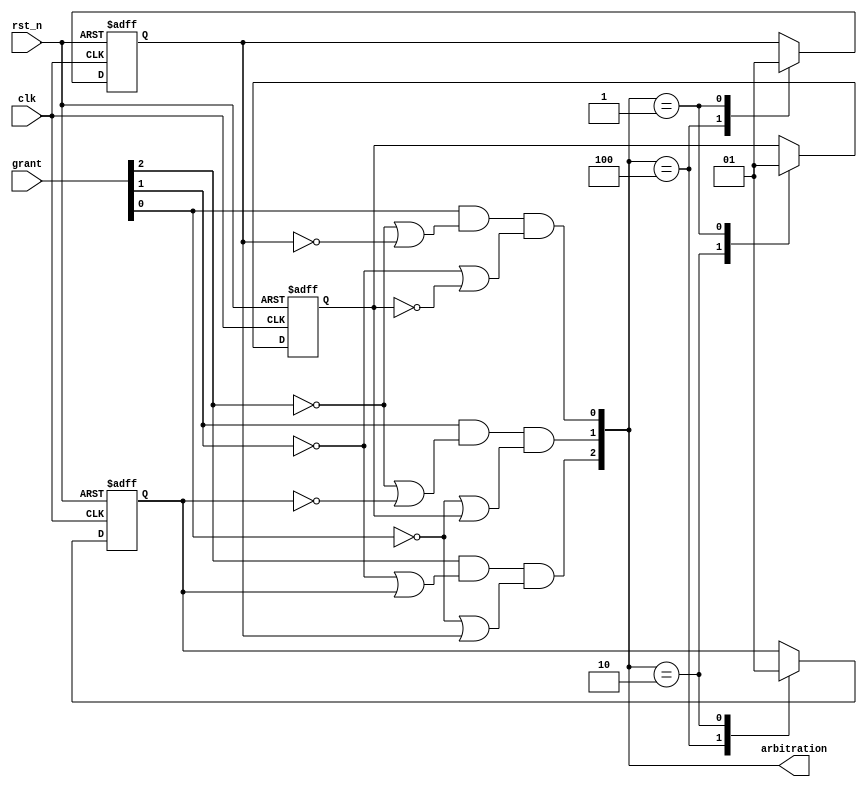
module arbiter3(
	input	wire		clk,
	input	wire		rst_n,
	input	wire[2:0]	grant,
	output	wire[2:0]	arbitration
	);


	reg	prio2_1;	reg	prio2_0;
	reg	prio1_0;





	assign arbitration[2] = grant[2]&(~grant[1] | prio2_1)& (~grant[0] | prio2_0);

	assign arbitration[1] = grant[1]& (~grant[2] | ~prio2_1)& (~grant[0] | prio1_0);

	assign arbitration[0] = grant[0]& (~grant[2] | ~prio2_0)& (~grant[1] | ~prio1_0);

	always @(posedge clk or negedge rst_n) begin
		if (!rst_n) begin
		//initial priority is 43210;
			prio2_1		<=	1;
			prio2_0		<=	1;
			prio1_0		<=	1;
		end
		else begin
			case(arbitration)

				3'b100:begin					
					prio2_1		<=	0;
					prio2_0		<=	0;
					prio1_0		<=	prio1_0;
				end

				3'b010:begin
					prio2_1		<=	1;
					prio2_0		<=	prio2_0;
					prio1_0		<=	0;
				end

				3'b001:begin

					prio2_1		<=	prio2_1;
					prio2_0		<=	1;
					prio1_0		<=	1;
				end

				default: begin
					prio2_1		<=	prio2_1;
					prio2_0		<=	prio2_0;
					prio1_0		<=	prio1_0;
				end
			endcase
		end
	end

endmodule